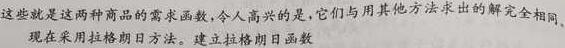
这些就是这两种商品的需求函数,令人高兴的是,它们与用其他方法求出的解完全相同.
现在采用拉格朗日方法。建立拉格朗日函数